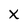
Character: X